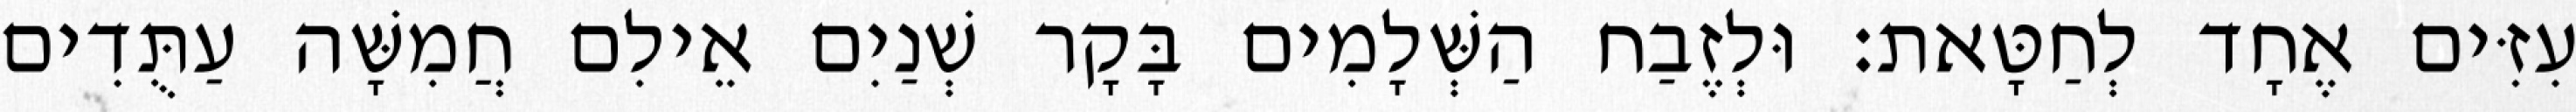
עִזִּים אֶחָד לְחַטָּאת׃ וּלְזֶבַח הַשְּׁלָמִים בָּקָר שְׁנַיִם אֵילִם חֲמִשָּׁה עַתֻּדִים